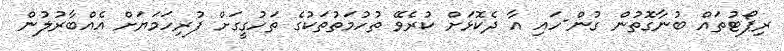
ރިޕޯޓުތައް ބުނާގޮތުން ގުން-ހައި އާ ދެކޮޅަށް ކުރެވޭ ތުހުމަތުތަކުގެ ތަހުގީގަށް ފުރިހަމަޔަށް އެއްބާރުލުން